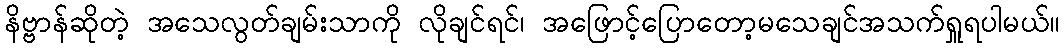
နိဗ္ဗာန်ဆိုတဲ့ အသေလွတ်ချမ်းသာကို လိုချင်ရင်၊ အဖြောင့်ပြောတော့မသေချင်အသက်ရှူရပါမယ်။